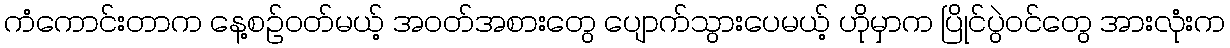
ကံကောင်းတာက နေ့စဉ်ဝတ်မယ့် အဝတ်အစားတွေ ပျောက်သွားပေမယ့် ဟိုမှာက ပြိုင်ပွဲဝင်တွေ အားလုံးက